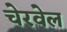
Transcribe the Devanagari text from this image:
चेरवेल